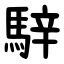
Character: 騂